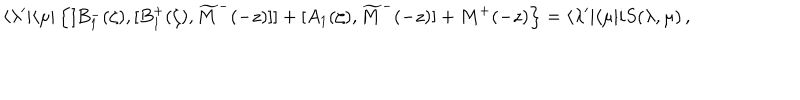
LaTeX: \langle \lambda ^ { \prime } | \langle \mu | \left\{ [ B _ { 1 } ^ { - } ( \zeta ) , [ B _ { 1 } ^ { + } ( \zeta ) , \widetilde M ^ { - } ( - z ) ] ] + [ A _ { 1 } ( \zeta ) , \widetilde M ^ { - } ( - z ) ] + M ^ { + } ( - z ) \right\} = \langle \lambda ^ { \prime } | \langle \mu | i S ( \lambda , \mu ) \, ,